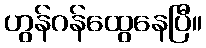
ဟွန်ဂန်ထွေနေပြီ။